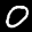
Label: 0